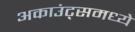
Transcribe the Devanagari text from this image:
अकाउंट्समध्ये